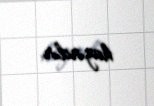
hazırdır.